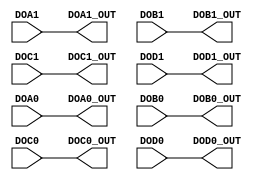
module DRAM_8_OUTPUT_STUB(
    input DOA1, DOB1, DOC1, DOD1, DOA0, DOB0, DOC0, DOD0,
    output DOA1_OUT, DOB1_OUT, DOC1_OUT, DOD1_OUT, DOA0_OUT, DOB0_OUT, DOC0_OUT, DOD0_OUT
);
  assign DOA1_OUT = DOA1;
  assign DOB1_OUT = DOB1;
  assign DOC1_OUT = DOC1;
  assign DOD1_OUT = DOD1;
  assign DOA0_OUT = DOA0;
  assign DOB0_OUT = DOB0;
  assign DOC0_OUT = DOC0;
  assign DOD0_OUT = DOD0;
endmodule